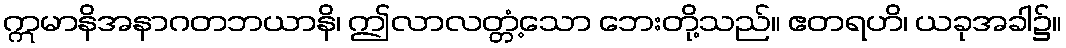
ဣမာနိအနာဂတဘယာနိ၊ ဤလာလတ္တံ့သော ဘေးတို့သည်။ ဧတရဟိ၊ ယခုအခါ၌။